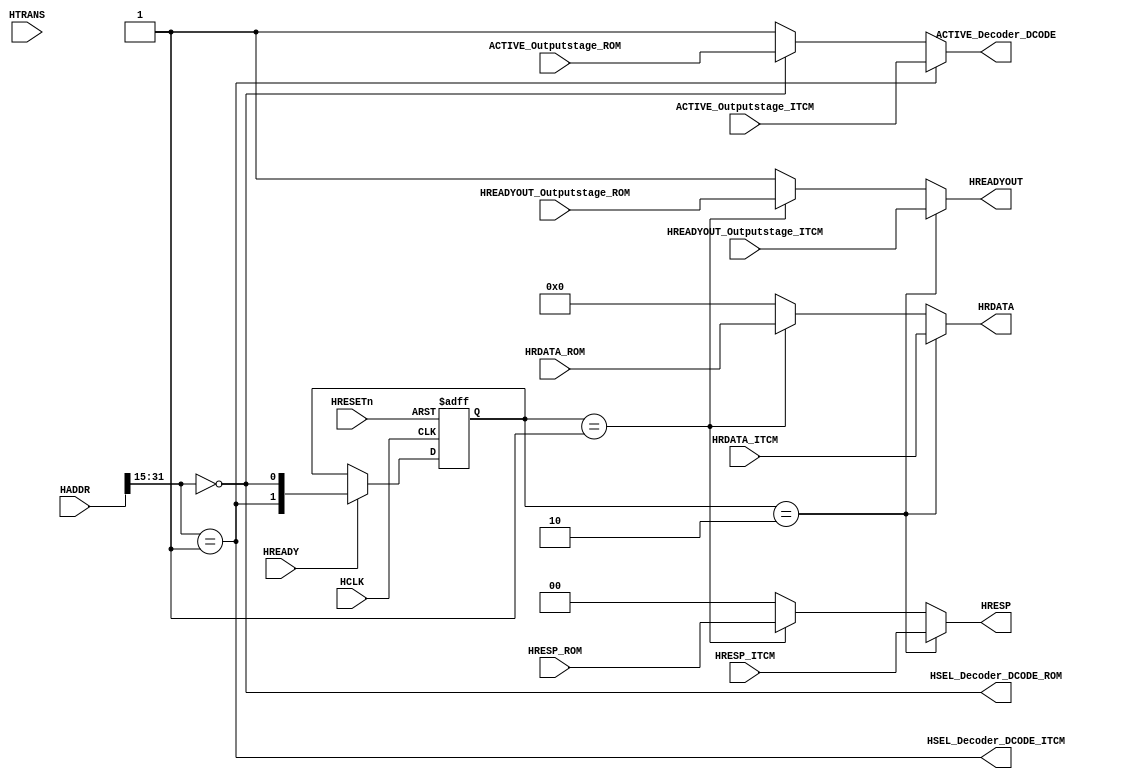
module AHBlite_BusMatrix_Decoder_DCODE(

    input   HCLK,
    input   HRESETn,

    //  FROM INPUTSTAGE
    input   HREADY,
    input   [31:0 ] HADDR,
    input   [1:0]   HTRANS,

    //  FROM OUTPUTSTAGE
    input   ACTIVE_Outputstage_ITCM,
    input   HREADYOUT_Outputstage_ITCM,
    input   [1:0]   HRESP_ITCM,
    input   [31:0]  HRDATA_ITCM,

    //  FROM OUTPUTSTAGE
    input   ACTIVE_Outputstage_ROM,
    input   HREADYOUT_Outputstage_ROM,
    input   [1:0]   HRESP_ROM,
    input   [31:0]  HRDATA_ROM,

    //  OUTPUTSTAGE HSEL
    output  wire    HSEL_Decoder_DCODE_ITCM,
    output  wire    HSEL_Decoder_DCODE_ROM,
    
    //  SELOUTPUT
    output  wire    ACTIVE_Decoder_DCODE,
    output  wire    HREADYOUT,
    output  wire    [1:0]   HRESP,
    output  wire    [31:0]  HRDATA 
);

assign  HSEL_Decoder_DCODE_ITCM    = (HADDR[31:15]  ==  17'h1);
assign  HSEL_Decoder_DCODE_ROM     = (HADDR[31:15]  ==  17'b0);

assign  ACTIVE_Decoder_DCODE    = HSEL_Decoder_DCODE_ITCM   ? ACTIVE_Outputstage_ITCM    :
                                 (HSEL_Decoder_DCODE_ROM    ? ACTIVE_Outputstage_ROM     : 1'b1);

reg [1:0] sel_reg;

always@(posedge HCLK or negedge HRESETn) begin
    if(~HRESETn)
        sel_reg <=  2'b0;
    else if(HREADY)
        sel_reg <=  {HSEL_Decoder_DCODE_ITCM,HSEL_Decoder_DCODE_ROM};
end

assign  HREADYOUT   =   (sel_reg == 2'b10) ?   HREADYOUT_Outputstage_ITCM   :
                       ((sel_reg == 2'b01) ?   HREADYOUT_Outputstage_ROM    :  1'b1);

assign  HRESP       =   (sel_reg == 2'b10) ?   HRESP_ITCM   :
                       ((sel_reg == 2'b01) ?   HRESP_ROM    :  2'b0);

assign  HRDATA      =   (sel_reg == 2'b10) ?   HRDATA_ITCM   :
                       ((sel_reg == 2'b01) ?   HRDATA_ROM    :  32'b0);

endmodule